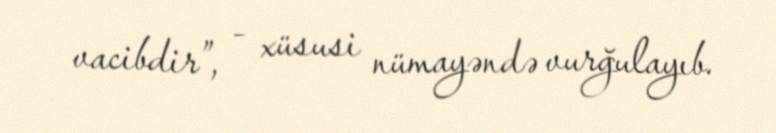
vacibdir”, - xüsusi nümayəndə vurğulayıb.